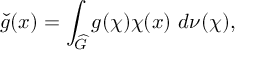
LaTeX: { \check { g } } ( x ) = \int _ { \widehat { G } } g ( \chi ) \chi ( x ) \ d \nu ( \chi ) ,